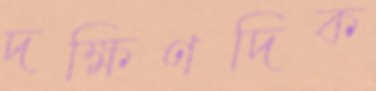
দক্ষিণদিক